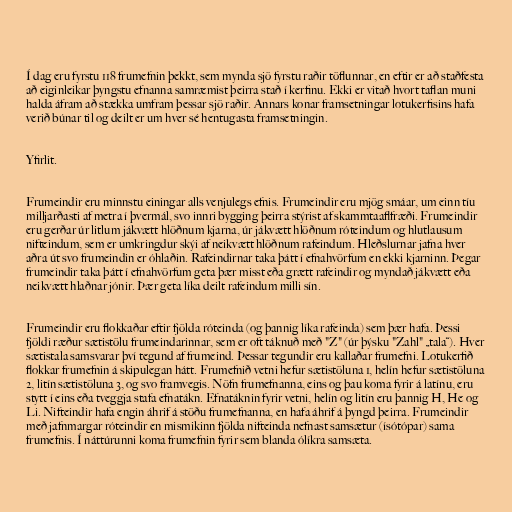
Í dag eru fyrstu 118 frumefnin þekkt, sem mynda sjö fyrstu raðir töflunnar, en eftir er að staðfesta
að eiginleikar þyngstu efnanna samræmist þeirra stað í kerfinu. Ekki er vitað hvort taflan muni
halda áfram að stækka umfram þessar sjö raðir. Annars konar framsetningar lotukerfisins hafa
verið búnar til og deilt er um hver sé hentugasta framsetningin.

Yfirlit.

Frumeindir eru minnstu einingar alls venjulegs efnis. Frumeindir eru mjög smáar, um einn tíu
milljarðasti af metra í þvermál, svo innri bygging þeirra stýrist af skammtaaflfræði. Frumeindir
eru gerðar úr litlum jákvætt hlöðnum kjarna, úr jákvætt hlöðnum róteindum og hlutlausum
nifteindum, sem er umkringdur skýi af neikvætt hlöðnum rafeindum. Hleðslurnar jafna hver
aðra út svo frumeindin er óhlaðin. Rafeindirnar taka þátt í efnahvörfum en ekki kjarninn. Þegar
frumeindir taka þátt í efnahvörfum geta þær misst eða grætt rafeindir og myndað jákvætt eða
neikvætt hlaðnar jónir. Þær geta líka deilt rafeindum milli sín.

Frumeindir eru flokkaðar eftir fjölda róteinda (og þannig líka rafeinda) sem þær hafa. Þessi
fjöldi ræður sætistölu frumeindarinnar, sem er oft táknuð með "Z" (úr þýsku "Zahl" „tala“). Hver
sætistala samsvarar því tegund af frumeind. Þessar tegundir eru kallaðar frumefni. Lotukerfið
flokkar frumefnin á skipulegan hátt. Frumefnið vetni hefur sætistöluna 1, helín hefur sætistöluna
2, litín sætistöluna 3, og svo framvegis. Nöfn frumefnanna, eins og þau koma fyrir á latínu, eru
stytt í eins eða tveggja stafa efnatákn. Efnatáknin fyrir vetni, helín og litín eru þannig H, He og
Li. Nifteindir hafa engin áhrif á stöðu frumefnanna, en hafa áhrif á þyngd þeirra. Frumeindir
með jafnmargar róteindir en mismikinn fjölda nifteinda nefnast samsætur (ísótópar) sama
frumefnis. Í náttúrunni koma frumefnin fyrir sem blanda ólíkra samsæta.